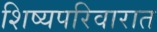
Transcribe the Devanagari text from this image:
शिष्यपरिवारात